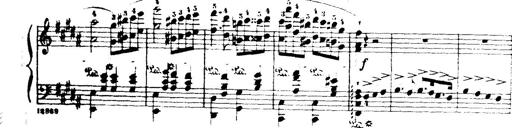
Title: Wagner-Liszt Album
Composer: Franz Liszt